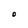
Character: O